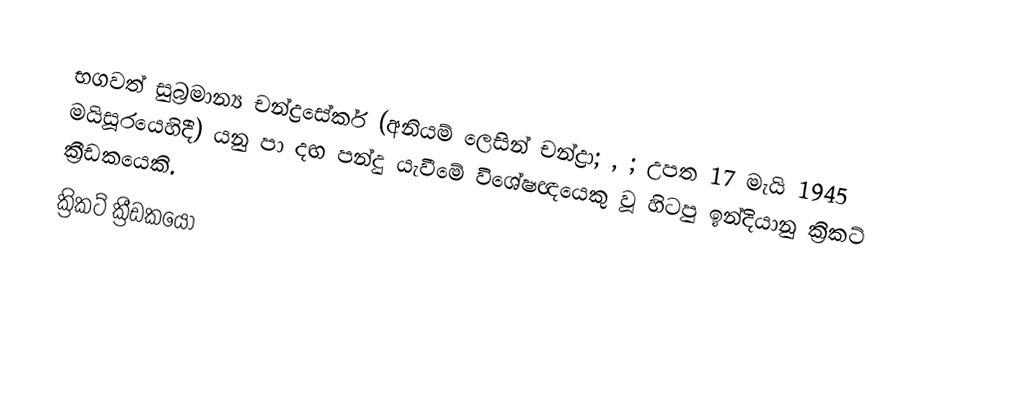
භගවත් සුබ්‍රමාන්‍ය චන්ද්‍රසේකර් (අනියම් ලෙසින් චන්ද්‍රා; , ; උපත 17 මැයි 1945 මයිසූරයෙහිදී) යනු පා දඟ පන්දු යැවීමේ විශේෂඥයෙකු වූ හිටපු ඉන්දියානු ක්‍රිකට් ක්‍රීඩකයෙකි.
ක්‍රිකට් ක්‍රීඩකයෝ